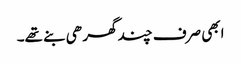
ابھی صرف چند گھر ھی بنے تھے۔